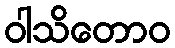
ဝါသိတောဝ